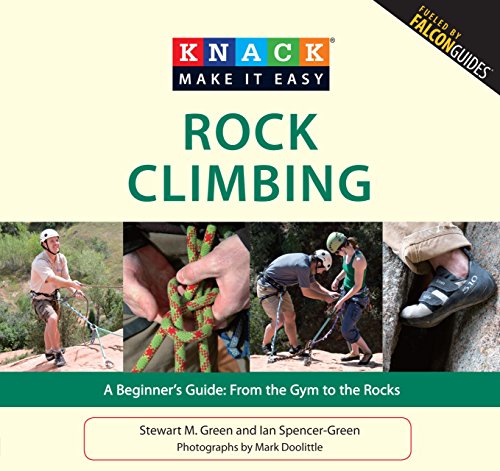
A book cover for Knack Rock Climbing: A Beginner's Guide: From The Gym To The Rocks (Knack: Make It Easy); Stewart M. Green; Sports & Outdoors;